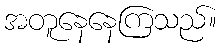
အတူနေနေကြသည်။